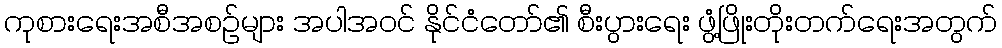
ကုစားရေးအစီအစဉ်များ အပါအဝင် နိုင်ငံတော်၏ စီးပွားရေး ဖွံ့ဖြိုးတိုးတက်ရေးအတွက်